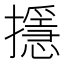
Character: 𢷍